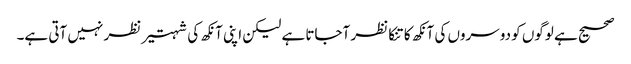
صحیح ہے لوگوں کو دوسروں کی آنکھ کا تنکا نظر آجاتا ہے لیکن اپنی آنکھ کی شہتیر نظر نہیں آتی ہے۔